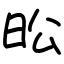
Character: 昖